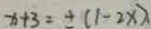
x + 3 = \pm ( 1 - 2 x ) .